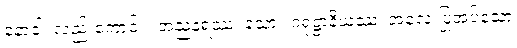
နောဝါ၊ လည်းကောင်း။ အညနရဿ၊ သော။ ဂရုဋ္ဌာနိယဿ၊ အလေးပြုအပ်သော